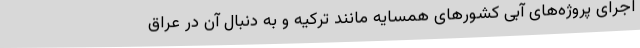
اجرای پروژه‌های آبی کشورهای همسایه مانند ترکیه و به دنبال آن در عراق